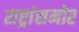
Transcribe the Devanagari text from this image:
राष्ट्रांसमोर